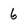
Character: 6